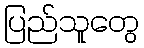
ပြည်သူတွေ